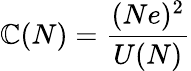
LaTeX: \mathbb{C}(N)={\frac{{(Ne)^{2}}}{{U(N)}}}